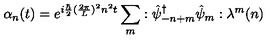
\alpha _ { n } ( t ) = e ^ { i { \frac { \hbar } { 2 } } ( { \frac { 2 \pi } { L } } ) ^ { 2 } n ^ { 2 } t } \sum _ { m } : { \hat { \psi } _ { - n + m } } ^ { \dagger } \hat { \psi } _ { m } : \lambda ^ { m } ( n )